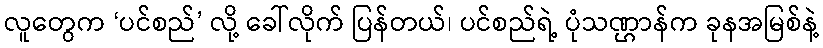
လူတွေက ‘ပင်စည်’ လို့ ခေါ်လိုက် ပြန်တယ်၊ ပင်စည်ရဲ့ ပုံသဏ္ဌာန်က ခုနအမြစ်နဲ့